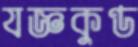
যজ্ঞকুণ্ড